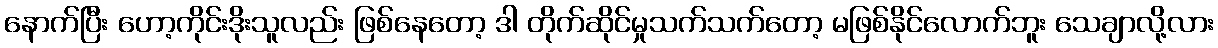
နောက်ပြီး ဟော့ကိုင်းဒိုးသူလည်း ဖြစ်နေတော့ ဒါ တိုက်ဆိုင်မှုသက်သက်တော့ မဖြစ်နိုင်လောက်ဘူး သေချာလို့လား